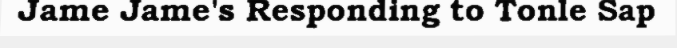
Jame Jame's Responding to Tonle Sap